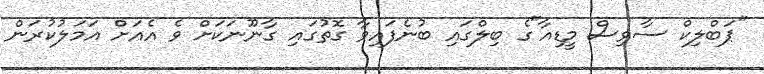
"ޕަބްލިކް ސާވިސް މީޑިއާ"ގެ ބިލްގައި ބުނެފައިވާ ގޮތުގައި ގާނޫނަކަށް ވެ އެއަށް އަމަލުކުރަން